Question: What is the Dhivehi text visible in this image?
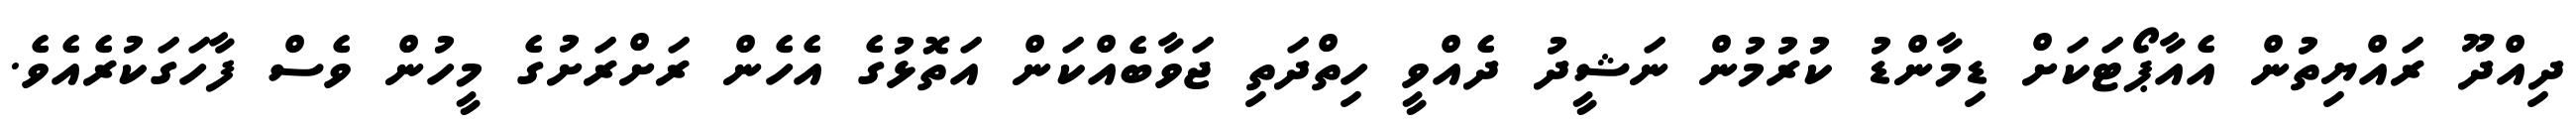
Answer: ދިއްދޫ ރައްޔިތުން އެއާޕޯޓަކަށް ޑިމާންޑު ކުރުމުން ނަޝީދު ދެއްވީ ހިތްދަތި ޖަވާބެއްކަން އަތޮޅުގެ އެހެން ރަށްރަށުގެ މީހުން ވެސް ފާހަގަކުރެއެވެ.